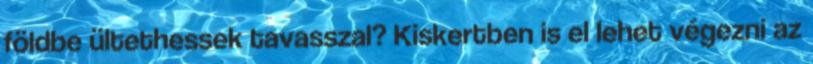
földbe ültethessek tavasszal? Kiskertben is el lehet végezni az